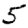
Digit: 5